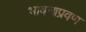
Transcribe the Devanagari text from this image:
भावनाप्रवण